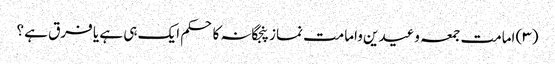
(۳) امامت جمعہ وعیدین وامامت نماز پنجگانہ کا حکم ایک ہی ہے یا فرق ہے ؟